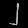
Digit: ၂